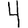
Digit: 4